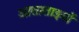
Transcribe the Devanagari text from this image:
आताताइयों